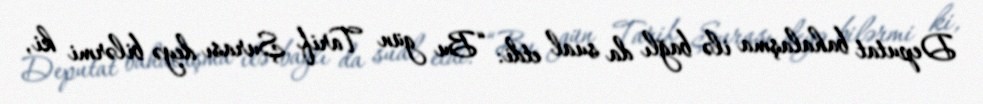
Deputat bahalaşma ilə bağlı da sual etdi: “Bu gün Tarif Şurası deyə bilərmi ki,